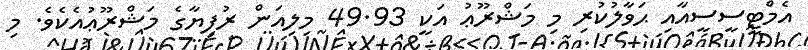
އެމްޓީސީސީއާއި ޙަވާލުކުރި މި މަޝްރޫޢު އަކީ 49.93 މިލިއަން ރުފިޔާގެ މަޝްރޫޢުއެކެވެ. މި